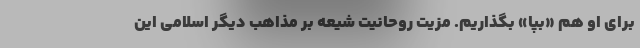
برای او هم «بپا» بگذاریم. مزیت روحانیت شیعه بر مذاهب دیگر اسلامی این